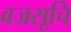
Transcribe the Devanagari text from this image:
वज्रसूचि